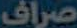
صراف